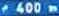
r400m